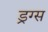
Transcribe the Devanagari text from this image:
ड्रग्‍स